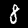
Label: 8